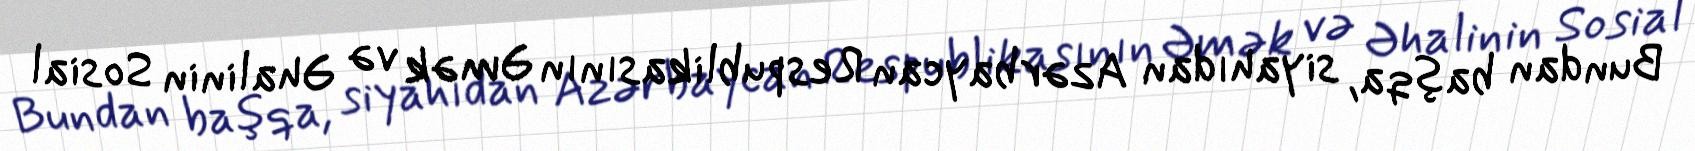
Bundan başqa, siyahıdan Azərbaycan Respublikasının Əmək və Əhalinin Sosial